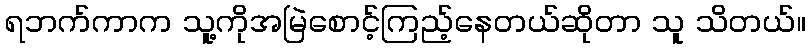
ရဘက်ကာက သူ့ကိုအမြဲစောင့်ကြည့်နေတယ်ဆိုတာ သူ သိတယ်။